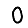
Digit: 0